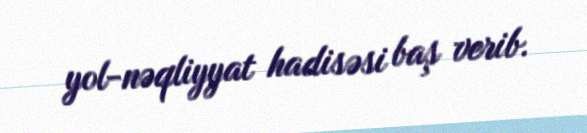
yol-nəqliyyat hadisəsi baş verib.